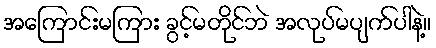
အကြောင်းမကြား ခွင့်မတိုင်ဘဲ အလုပ်မပျက်ပါနဲ့။